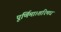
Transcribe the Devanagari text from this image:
पूर्णिमा।शरिमध